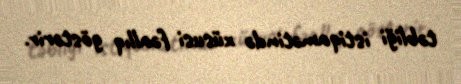
təbliği istiqamətində xüsusi fəallıq göstərir.